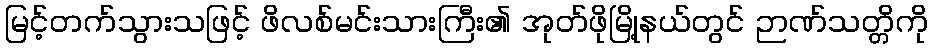
မြင့်တက်သွားသဖြင့် ဖိလစ်မင်းသားကြီး၏ အုတ်ဖိုမြို့နယ်တွင် ဉာဏ်သတ္တိကို